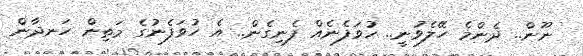
ނޫން.. ދެންމެ ހޭލެވުނީ.. ހުވަފެނެއް ފެނިގެން.. އެ ހުވަފެނުގެ މަތިން ހަނދާން